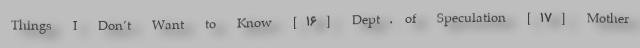
Things I Don’t Want to Know [۱۶] Dept. of Speculation [۱۷] Mother